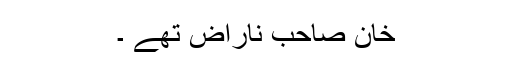
خان صاحب ناراض تھے ۔